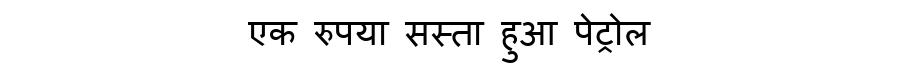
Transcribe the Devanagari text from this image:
एक रुपया सस्ता हुआ पेट्रोल